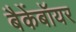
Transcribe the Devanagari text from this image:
बैकेंबॉयर